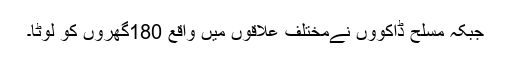
جبکہ مسلح ڈاکوؤں نےمختلف علاقوں میں واقع 180گھروں کو لوٹا۔